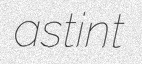
astint